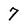
Character: 7